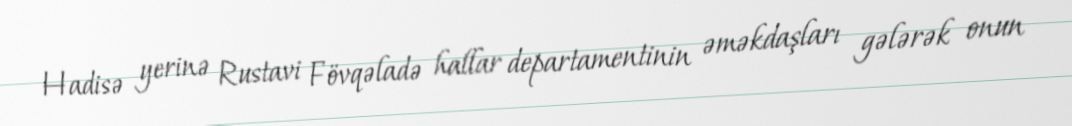
Hadisə yerinə Rustavi Fövqəladə hallar departamentinin əməkdaşları gələrək onun